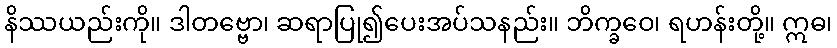
နိဿယည်းကို။ ဒါတဗ္ဗော၊ ဆရာပြု၍ပေးအပ်သနည်း။ ဘိက္ခဝေ၊ ရဟန်းတို့။ ဣဓ၊